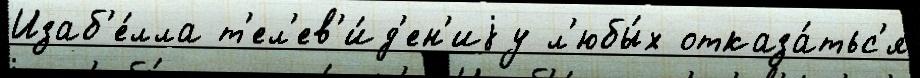
Изаб'е́лла т'ел'ев'и́д'ен'иjу л'юбы́х отказа́тьс'я